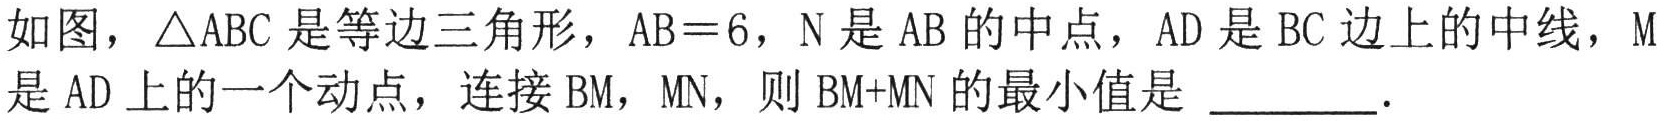
如图，\(\triangle ABC\)是等边三角形，\(AB = 6\)，\(N\)是\(AB\)的中点，\(AD\)是\(BC\)边上的中线，\(M\)是\(AD\)上的一个动点，连接\(BM\)，\(MN\)，则\(BM + MN\)的最小值是 \_\_\_\_\_．